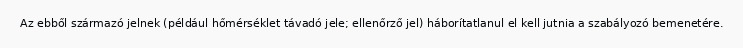
Az ebből származó jelnek (például hőmérséklet távadó jele; ellenőrző jel) háborítatlanul el kell jutnia a szabályozó bemenetére.